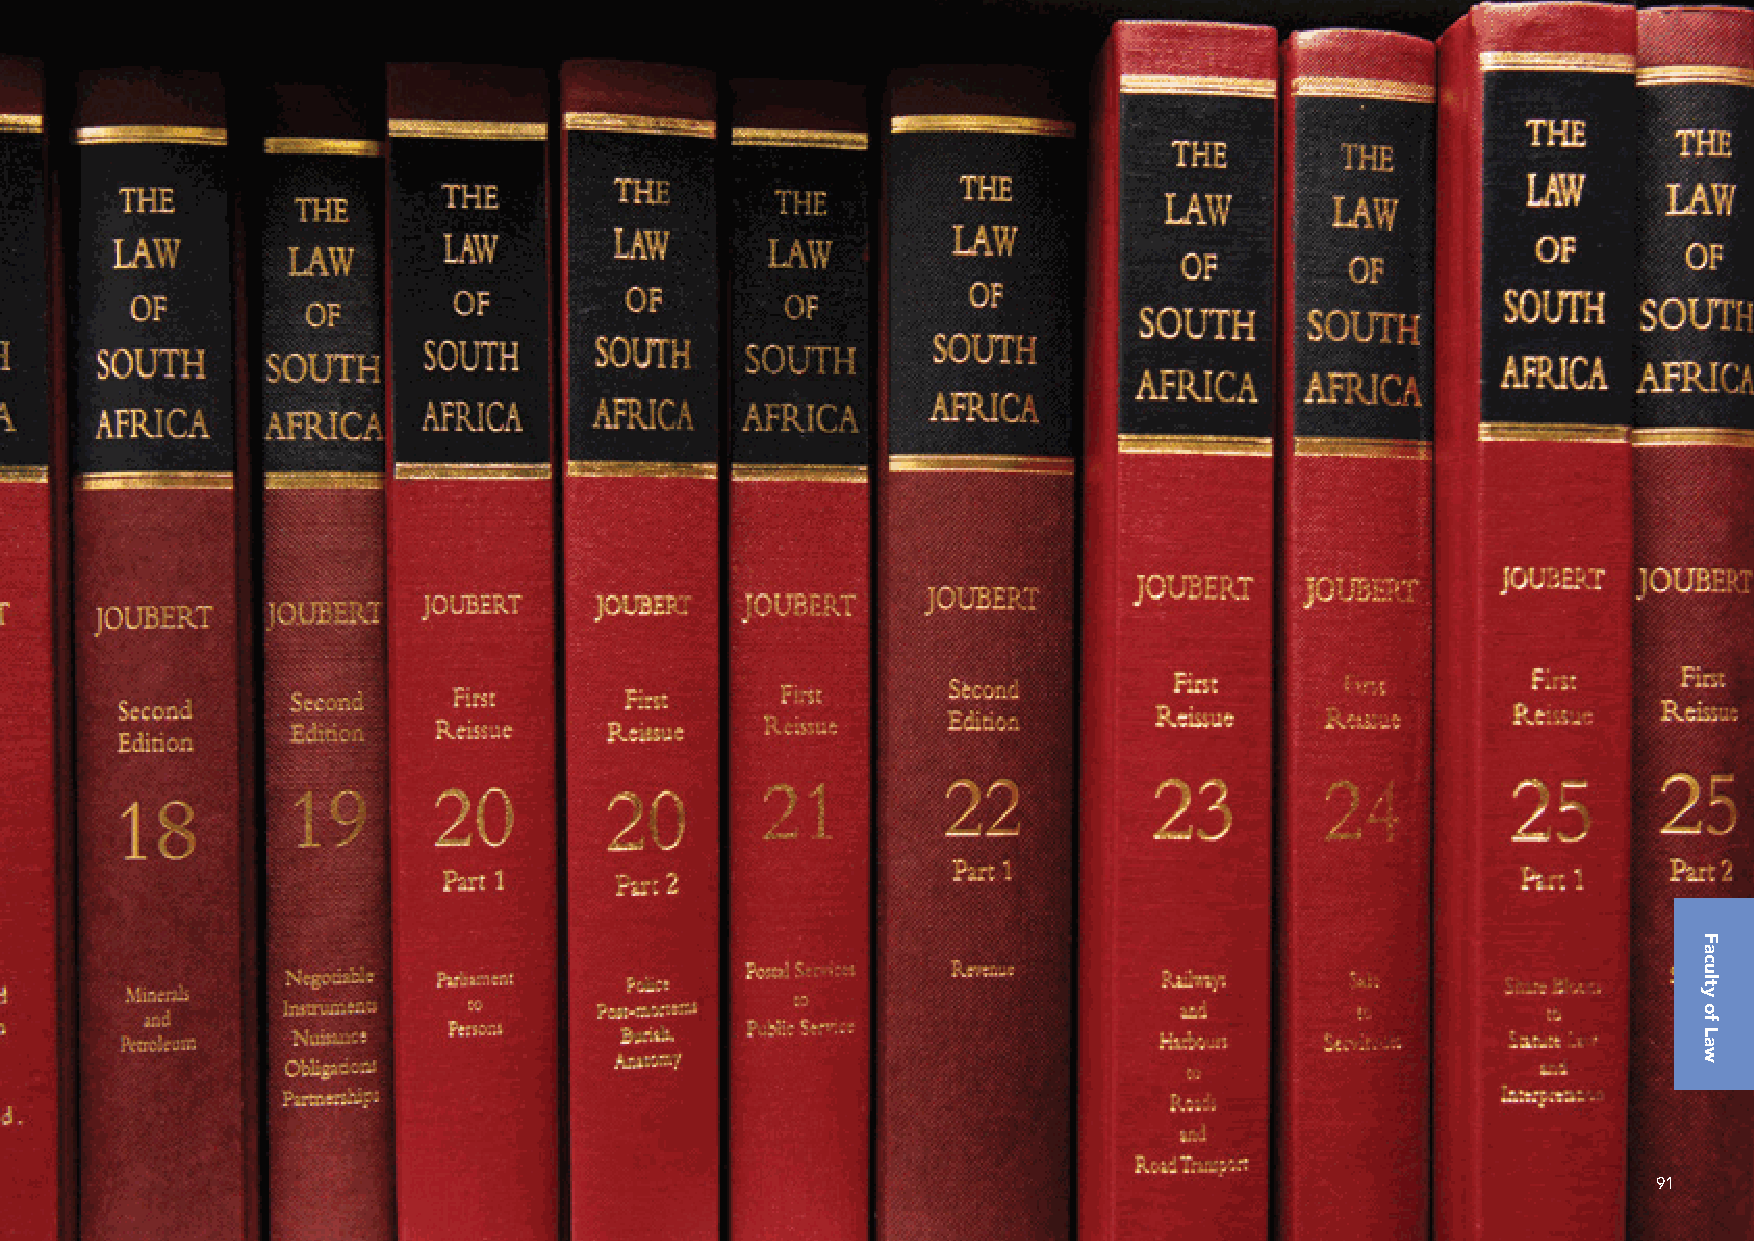
Minimum Admission Requirements
 Delivery mode   AS for AS for
 & duration of AS for Technical Maths
 Qualification Programme Overview study  Maths Maths Literacy   Subject Requirements Career Opportunities
 1. Applicant Score (AS) for Mathematics: Overall score calculated for applicants who have taken Mathematics;
 2. Applicant Score (AS) for Technical Mathematics: Overall score calculated for applicants who have taken Technical Mathematics;
 3. Applicant Score (AS) for Mathematical Literacy: Overall score calculated for applicants who have taken Mathematical Literacy. 91
 Faculty
 of
 Law